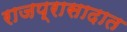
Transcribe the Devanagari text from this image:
राजप्रासादात